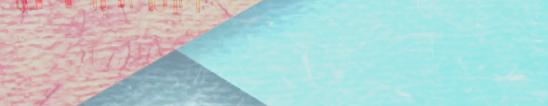
بيع وشراء أدوات الأدوات ا